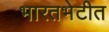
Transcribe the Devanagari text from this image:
भारतभेटीत